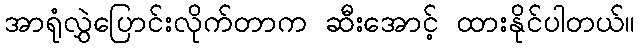
အာရုံလွှဲပြောင်းလိုက်တာက ဆီးအောင့် ထားနိုင်ပါတယ်။